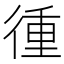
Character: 㣫